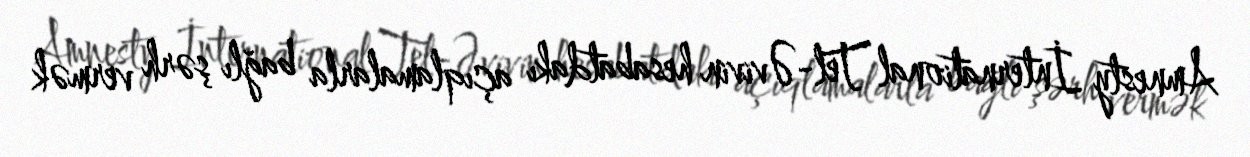
Amnesty İnternational Tel-Əvivin hesabatdakı açıqlamalarla bağlı şərh vermək